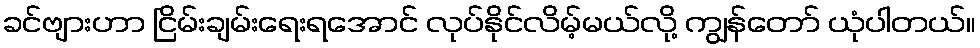
ခင်ဗျားဟာ ငြိမ်းချမ်းရေးရအောင် လုပ်နိုင်လိမ့်မယ်လို့ ကျွန်တော် ယုံပါတယ်။